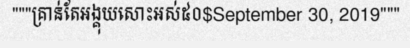
"""គ្រាន់តែអង្គុយសោះអស់៥០$September 30, 2019"""